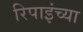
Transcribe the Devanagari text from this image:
रिपाइंच्या